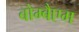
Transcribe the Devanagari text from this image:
बोम्बैएम